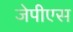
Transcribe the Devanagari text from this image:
जेपीएस